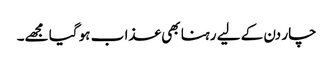
چار دن کے لیے رہنا بھی عذا ب ہو گیا مجھے۔